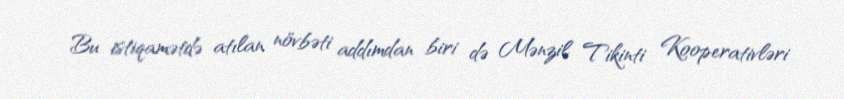
Bu istiqamətdə atılan növbəti addımdan biri də Mənzil Tikinti Kooperativləri